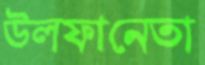
উলফানেতা